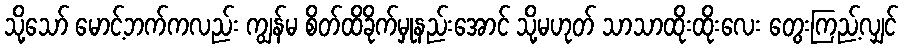
သို့သော် မောင့်ဘက်ကလည်း ကျွန်မ စိတ်ထိခိုက်မှုနည်းအောင် သို့မဟုတ် သာသာထိုးထိုးလေး တွေးကြည့်လျှင်